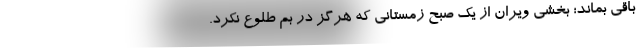
باقی بماند؛ بخشی ویران از یک صبح زمستانی که هرگز در بم طلوع نکرد.